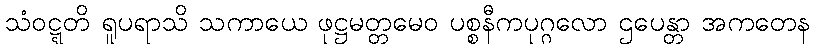
သံဝဋ္ဋတိ ရူပရာသိ သကာယေ ဖုဋ္ဌမတ္တမေဝ ပစ္စနီကပုဂ္ဂလော ဌပေန္တာ အကတေန